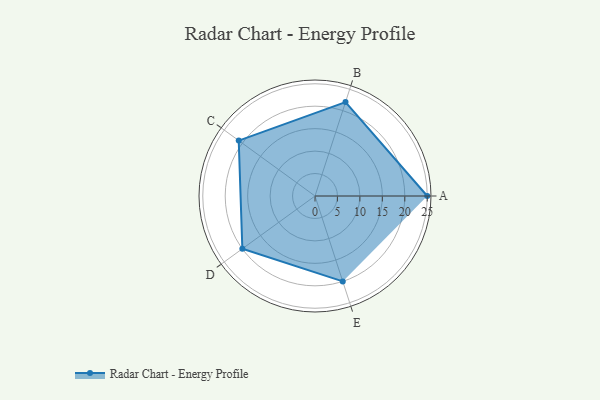
{"axis": {"x": "Skill", "y": "Score"}, "legend": ["Profile"], "data": [{"x": "A", "y": 25.0, "type": "Profile"}, {"x": "B", "y": 22.0, "type": "Profile"}, {"x": "C", "y": 21.0, "type": "Profile"}, {"x": "D", "y": 20, "type": "Profile"}, {"x": "E", "y": 20, "type": "Profile"}]}